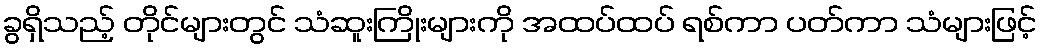
ခွရှိသည့် တိုင်များတွင် သံဆူးကြိုးများကို အထပ်ထပ် ရစ်ကာ ပတ်ကာ သံများဖြင့်